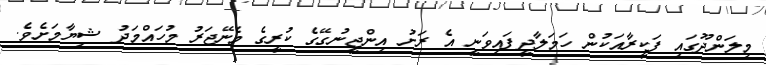
މިލަންދޫގައި ފަކީރާއަކުން ހަމަލާދީފައިވަނީ އެ ރަށު އިންޖީނުގޭގެ ކުރީގެ މެނޭޖަރު މުހައްމަދު ޝިޔާމަށެވެ.